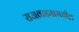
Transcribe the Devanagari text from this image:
राजवाड्यामधील